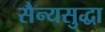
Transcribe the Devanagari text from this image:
सैन्यसुद्धा